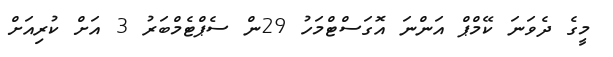
މީގެ ދެވަނަ ކޭމްޕް އަންނަ އޮގަސްޓްމަހު 29ން ސެޕްޓެމްބަރު 3 އަށް ކުރިއަށް